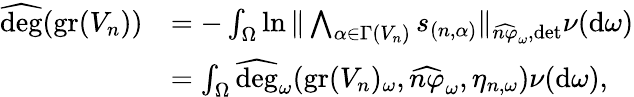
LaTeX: \begin{array}{rl}{\widehat{\deg}(\operatorname{gr}(V_{n}))}&{=-\int_{\Omega}\ln\| \bigwedge_{\alpha\in\Gamma(V_{n})}s_{(n,\alpha)}\| _{\widehat{n\varphi}_{\omega},\operatorname*{det}}\nu(\mathrm{d}\omega)}\\ &{=\int_{\Omega}\widehat{\deg}_{\omega}(\operatorname{gr}(V_{n})_{\omega},\widehat{n\varphi}_{\omega},\eta_{n,\omega})\nu(\mathrm{d}\omega),}\end{array}